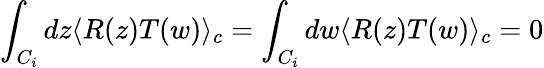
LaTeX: \int_{C_{i}}dz\langle R(z)T(w)\rangle_{c}=\int_{C_{i}}dw\langle R(z)T(w)\rangle_{c}=0